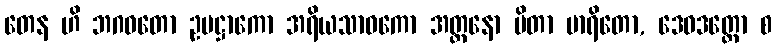
တေန ဟိ ဘဂဝတော ဥပဋ္ဌာကော အရိယသာဝကော အတ္တနော ပိတာ မာရိတော, ဒေဝဒတ္တော စ